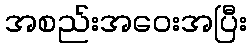
အစည်းအဝေးအပြီး